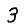
Digit: 3